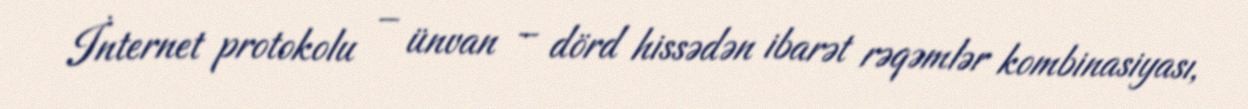
İnternet protokolu – ünvan – dörd hissədən ibarət rəqəmlər kombinasiyası,